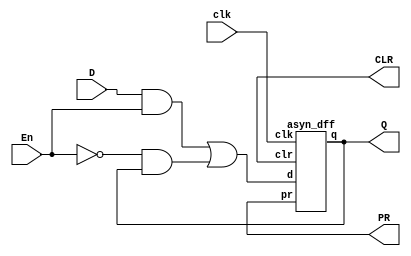
module asyn_dff_en(D, clk, En, Q, PR, CLR);
	input D, clk, En;
	output Q, PR, CLR;
	wire and1,and2,enb,or1;
	
	asyn_dff d1(.d(or1),
					.clk(clk), 
					.q(Q), 
					.pr(PR), 
					.clr(CLR)
				);
	
	and a1(and1, D, En);
	not n1(enb, En);
	and n2(and2, enb, Q);
	or o1(or1, and1, and2);
	
endmodule

module asyn_dff(d, clk, q, pr, clr);
	input d, clk, pr, clr;
	output q;
	wire and1,and2,and3,and4,or1,or2,or3,or4,pr_not,d_not,clk_not,clr_not,or1_not,or2_not,or3_not,or4_not;
	
	and a1(and1,d,clr,clk_not);
	and a2(and2,pr,clk_not,d_not);
	and a3(and3,or1,clk);
	and a4(and4,clk,or2);
	
	or o1(or1,pr_not,and1,or2_not);
	or o2(or2,or1_not,and2,clr_not);
	or o3(or3,pr_not,and3,or4_not);
	or o4(or4,or3_not,and4,clr_not);
	
	not n1(pr_not,pr);
	not n2(d_not,d);
	not n3(clk_not,clk);
	not n4(clr_not,clr);
	not n5(or1_not,or1);
	not n6(or2_not,or2);
	not n7(or3_not,or3);
	not n8(or4_not,or4);
	
	buf(q,or3);
	
endmodule